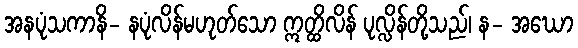
အနပုံသကာနိ- နပုံလိန်မဟုတ်သော ဣတ္ထိလိန် ပုလ္လိန်တို့သည်၊ န- အဃော